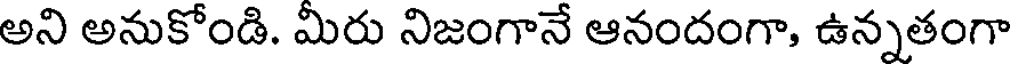
అని అనుకోండి. మిరు నిజంగానే ఆనందంగా, ఉన్నతంగా